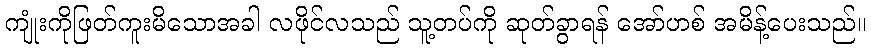
ကျုံးကိုဖြတ်ကူးမိသောအခါ လဖိုင်လသည် သူ့တပ်ကို ဆုတ်ခွာရန် အော်ဟစ် အမိန့်ပေးသည်။